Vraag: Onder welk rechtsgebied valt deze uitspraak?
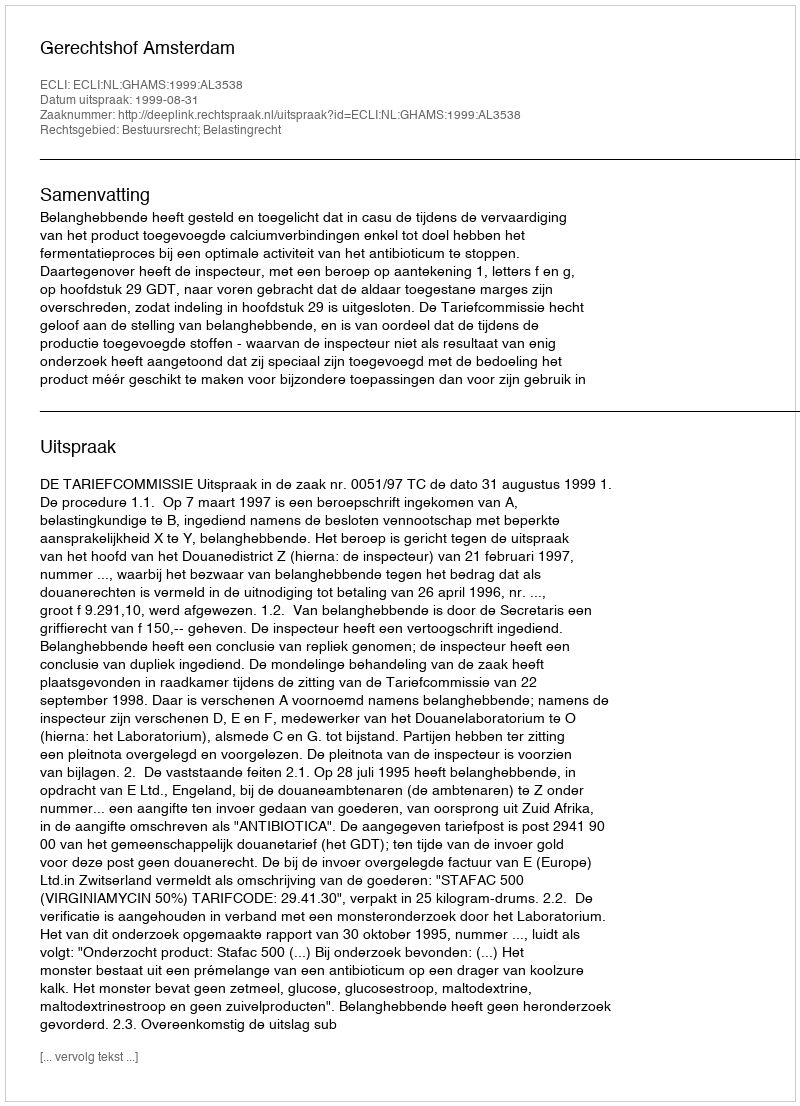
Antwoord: Bestuursrecht; Belastingrecht